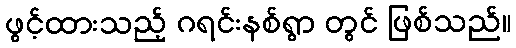
ဖွင့်ထားသည့် ဂရင်းနစ်ရွာ တွင် ဖြစ်သည်။